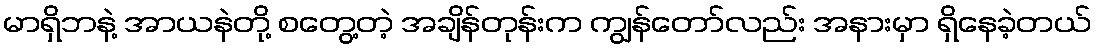
မာရှိဘနဲ့ အာယနဲတို့ စတွေ့တဲ့ အချိန်တုန်းက ကျွန်တော်လည်း အနားမှာ ရှိနေခဲ့တယ်